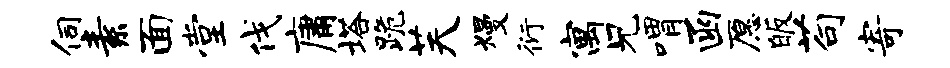
伺素面堂伐庸塔跪芙熳衍寓兄喟函愿皈苟寄